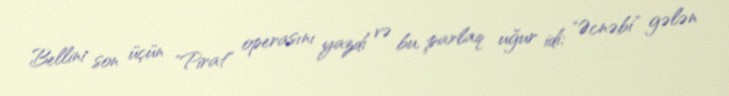
Bellini son üçün "Pirat" operasını yazdı və bu, parlaq uğur idi; "Əcnəbi" gələn